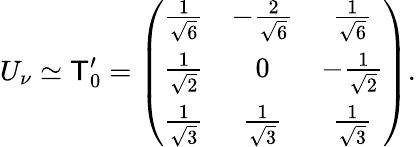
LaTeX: U_{\nu}\simeq\mathsf{T}_{0}^{\prime}=\left(\begin{array}{ccc}{{\frac 1{\sqrt{6}}}}&{{-\frac 2{\sqrt{6}}}}&{{\frac 1{\sqrt{6}}}}\\ {{\frac 1{\sqrt{2}}}}&{{0}}&{{-\frac 1{\sqrt{2}}}}\\ {{\frac 1{\sqrt{3}}}}&{{\frac 1{\sqrt{3}}}}&{{\frac 1{\sqrt{3}}}}\end{array}\right).